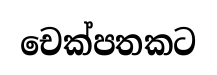
චෙක්පතකට